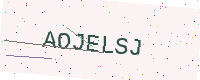
Text: AOJELSJ